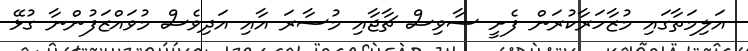
އަލިމަތާގައި މުޒާހަރާކުރަން ފެށީ ސާވިސް ޗާޖާއި މުސާރަ އާއި އަދިވެސް މުވައްޒަފުންނާ ގުޅޭ